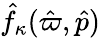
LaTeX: \hat{f}_{\kappa}(\hat{\varpi},\hat{p})